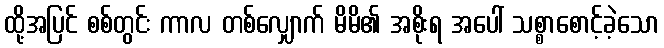
ထို့အပြင် စစ်တွင်း ကာလ တစ်လျှောက် မိမိ၏ အစိုးရ အပေါ် သစ္စာစောင့်ခဲ့သော